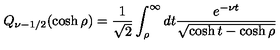
Q _ { \nu - 1 / 2 } ( \cosh \rho ) = \frac 1 { \sqrt { 2 } } \int _ { \rho } ^ { \infty } d t \frac { e ^ { - \nu t } } { \sqrt { \cosh t - \cosh \rho } }